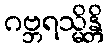
ဂဗ္ဘရသ္မိန္တိ